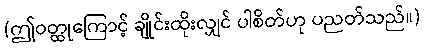
(ဤဝတ္ထုကြောင့် ချိုင်းထိုးလျှင် ပါစိတ်ဟု ပညတ်သည်။)